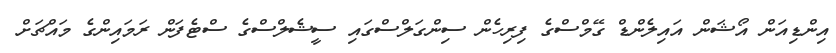
އިންޑިއަން އޯޝަން އައިލެންޑް ގޭމްސްގެ ފިރިހެން ސިންގަލްސްގައި ސީޝެލްސްގެ ސްޓެފަން ރަމައިންގެ މައްޗަށް